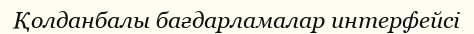
Қолданбалы бағдарламалар интерфейсі